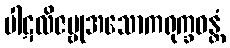
ပါဋလိဇမ္ဗုအသောကရုက္ခဝန္တံ